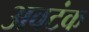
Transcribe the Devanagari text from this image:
अवटंक